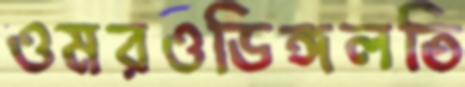
ওমরওডিঙ্গলতি